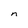
Character: n